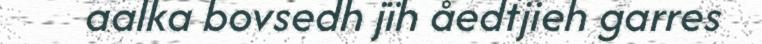
aalka bovsedh jïh åedtjieh garres